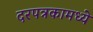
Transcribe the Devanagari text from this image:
दरपत्रकामध्ये